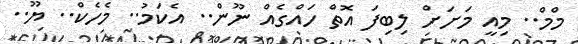
މްމް.. މިއީ މަށަށް ލިބިފަ އޮތް ހައްގެއް ނޫން.. އެކަމު.. މެހެކް.. ޔޫ..